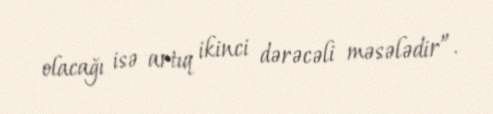
olacağı isə artıq ikinci dərəcəli məsələdir”.